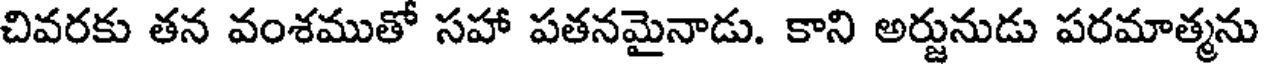
చివరకు తన వంశముతో సహా పతనమైనాడు. కాని అర్జునుడు పరమాత్మను